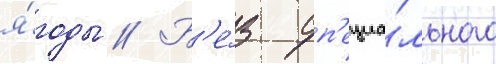
я́годы // Б'е́з сп'ециа́льного